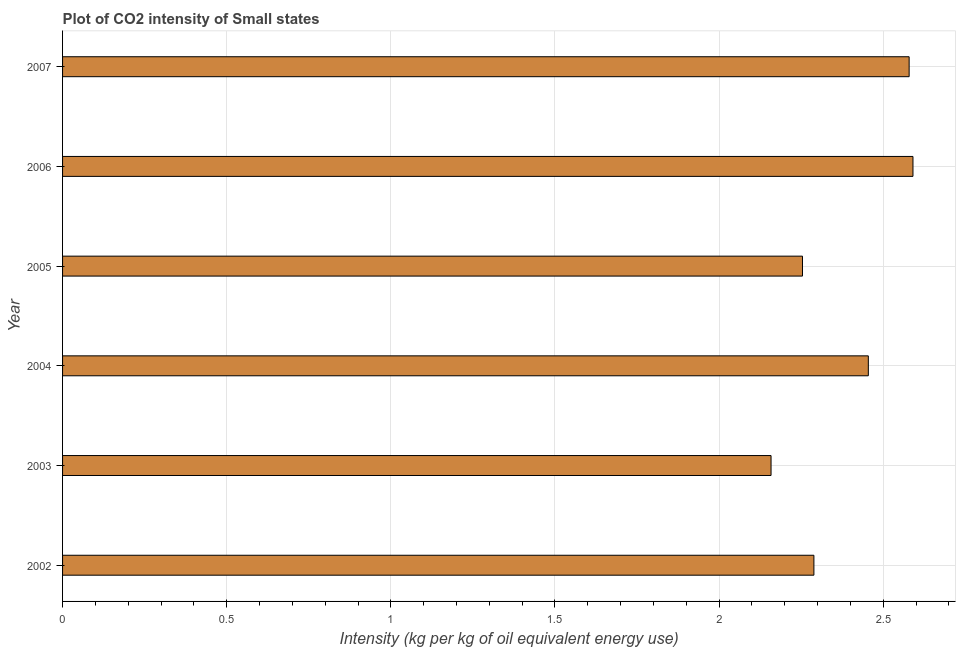
| Year | CO2 intensity |
 | --- | --- |
 | 2002 | 2.29 |
 | 2003 | 2.16 |
 | 2004 | 2.45 |
 | 2005 | 2.25 |
 | 2006 | 2.59 |
 | 2007 | 2.58 |